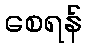
စေရန်